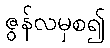
ဇွန်လမှစ၍